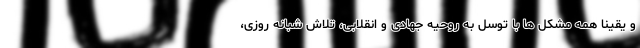
و یقینا همه مشکل ها با توسل به روحیه جهادی و انقلابی، تلاش شبانه روزی،